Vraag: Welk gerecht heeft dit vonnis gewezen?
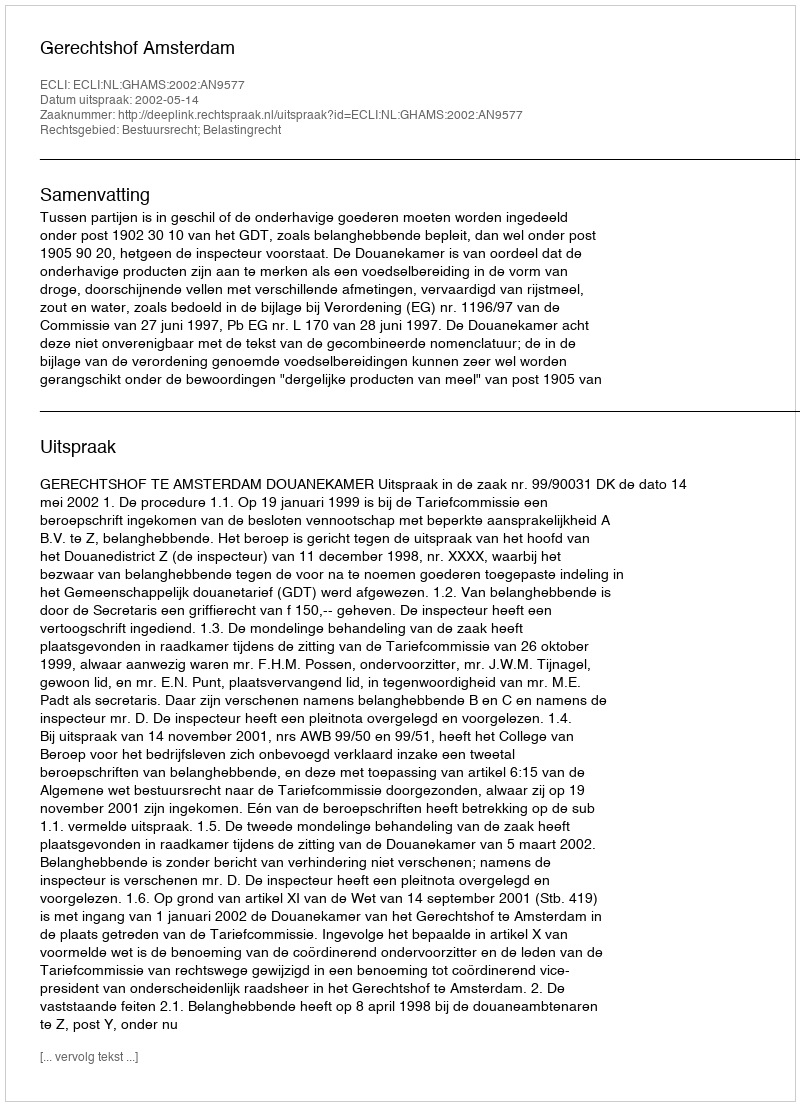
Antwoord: Gerechtshof Amsterdam